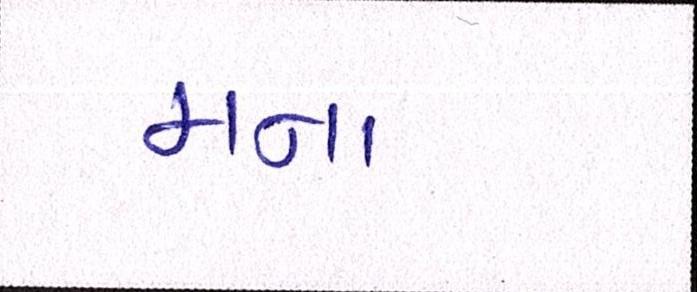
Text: મના